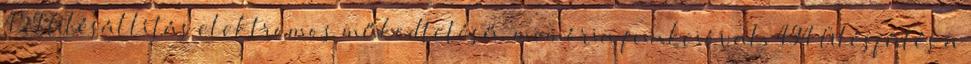
459 Ülésállítás elektromos működtetésű, memória funkcióval, 494 Ülésfűtés a